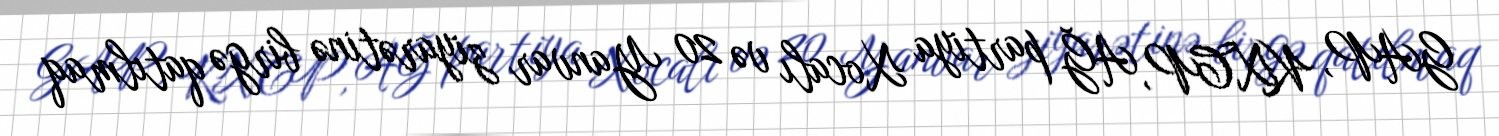
GAP, KXCP, AĞ partiya Xocalı və 20 Yanvar ziyarətinə birgə qatılmaq